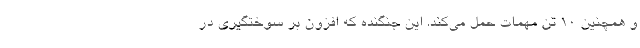
و همچنین ۱۰ تن مهمات حمل می‌کند. این جنگنده که افزون بر سوختگیری در